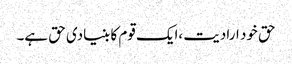
حق خود ارادیت ،ایک قوم کا بنیادی حق ہے۔